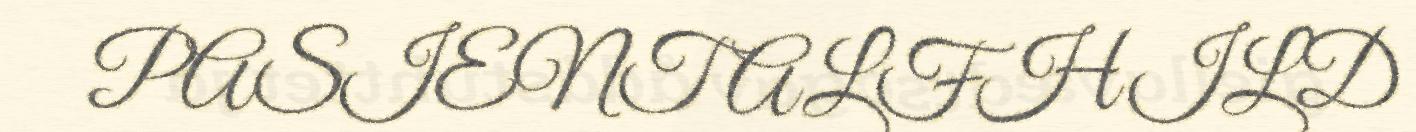
PASIENT ALFHILD